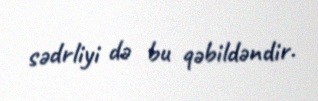
sədrliyi də bu qəbildəndir.